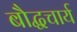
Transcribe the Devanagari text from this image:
बौद्धचार्य